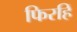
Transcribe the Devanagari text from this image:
फिरहिं